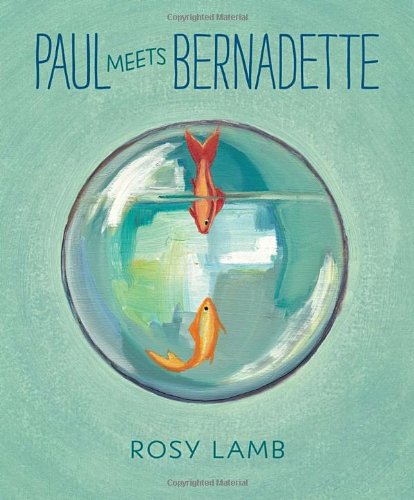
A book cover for Paul Meets Bernadette; Rosy Lamb; Children's Books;